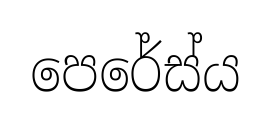
පෙරේස්ය